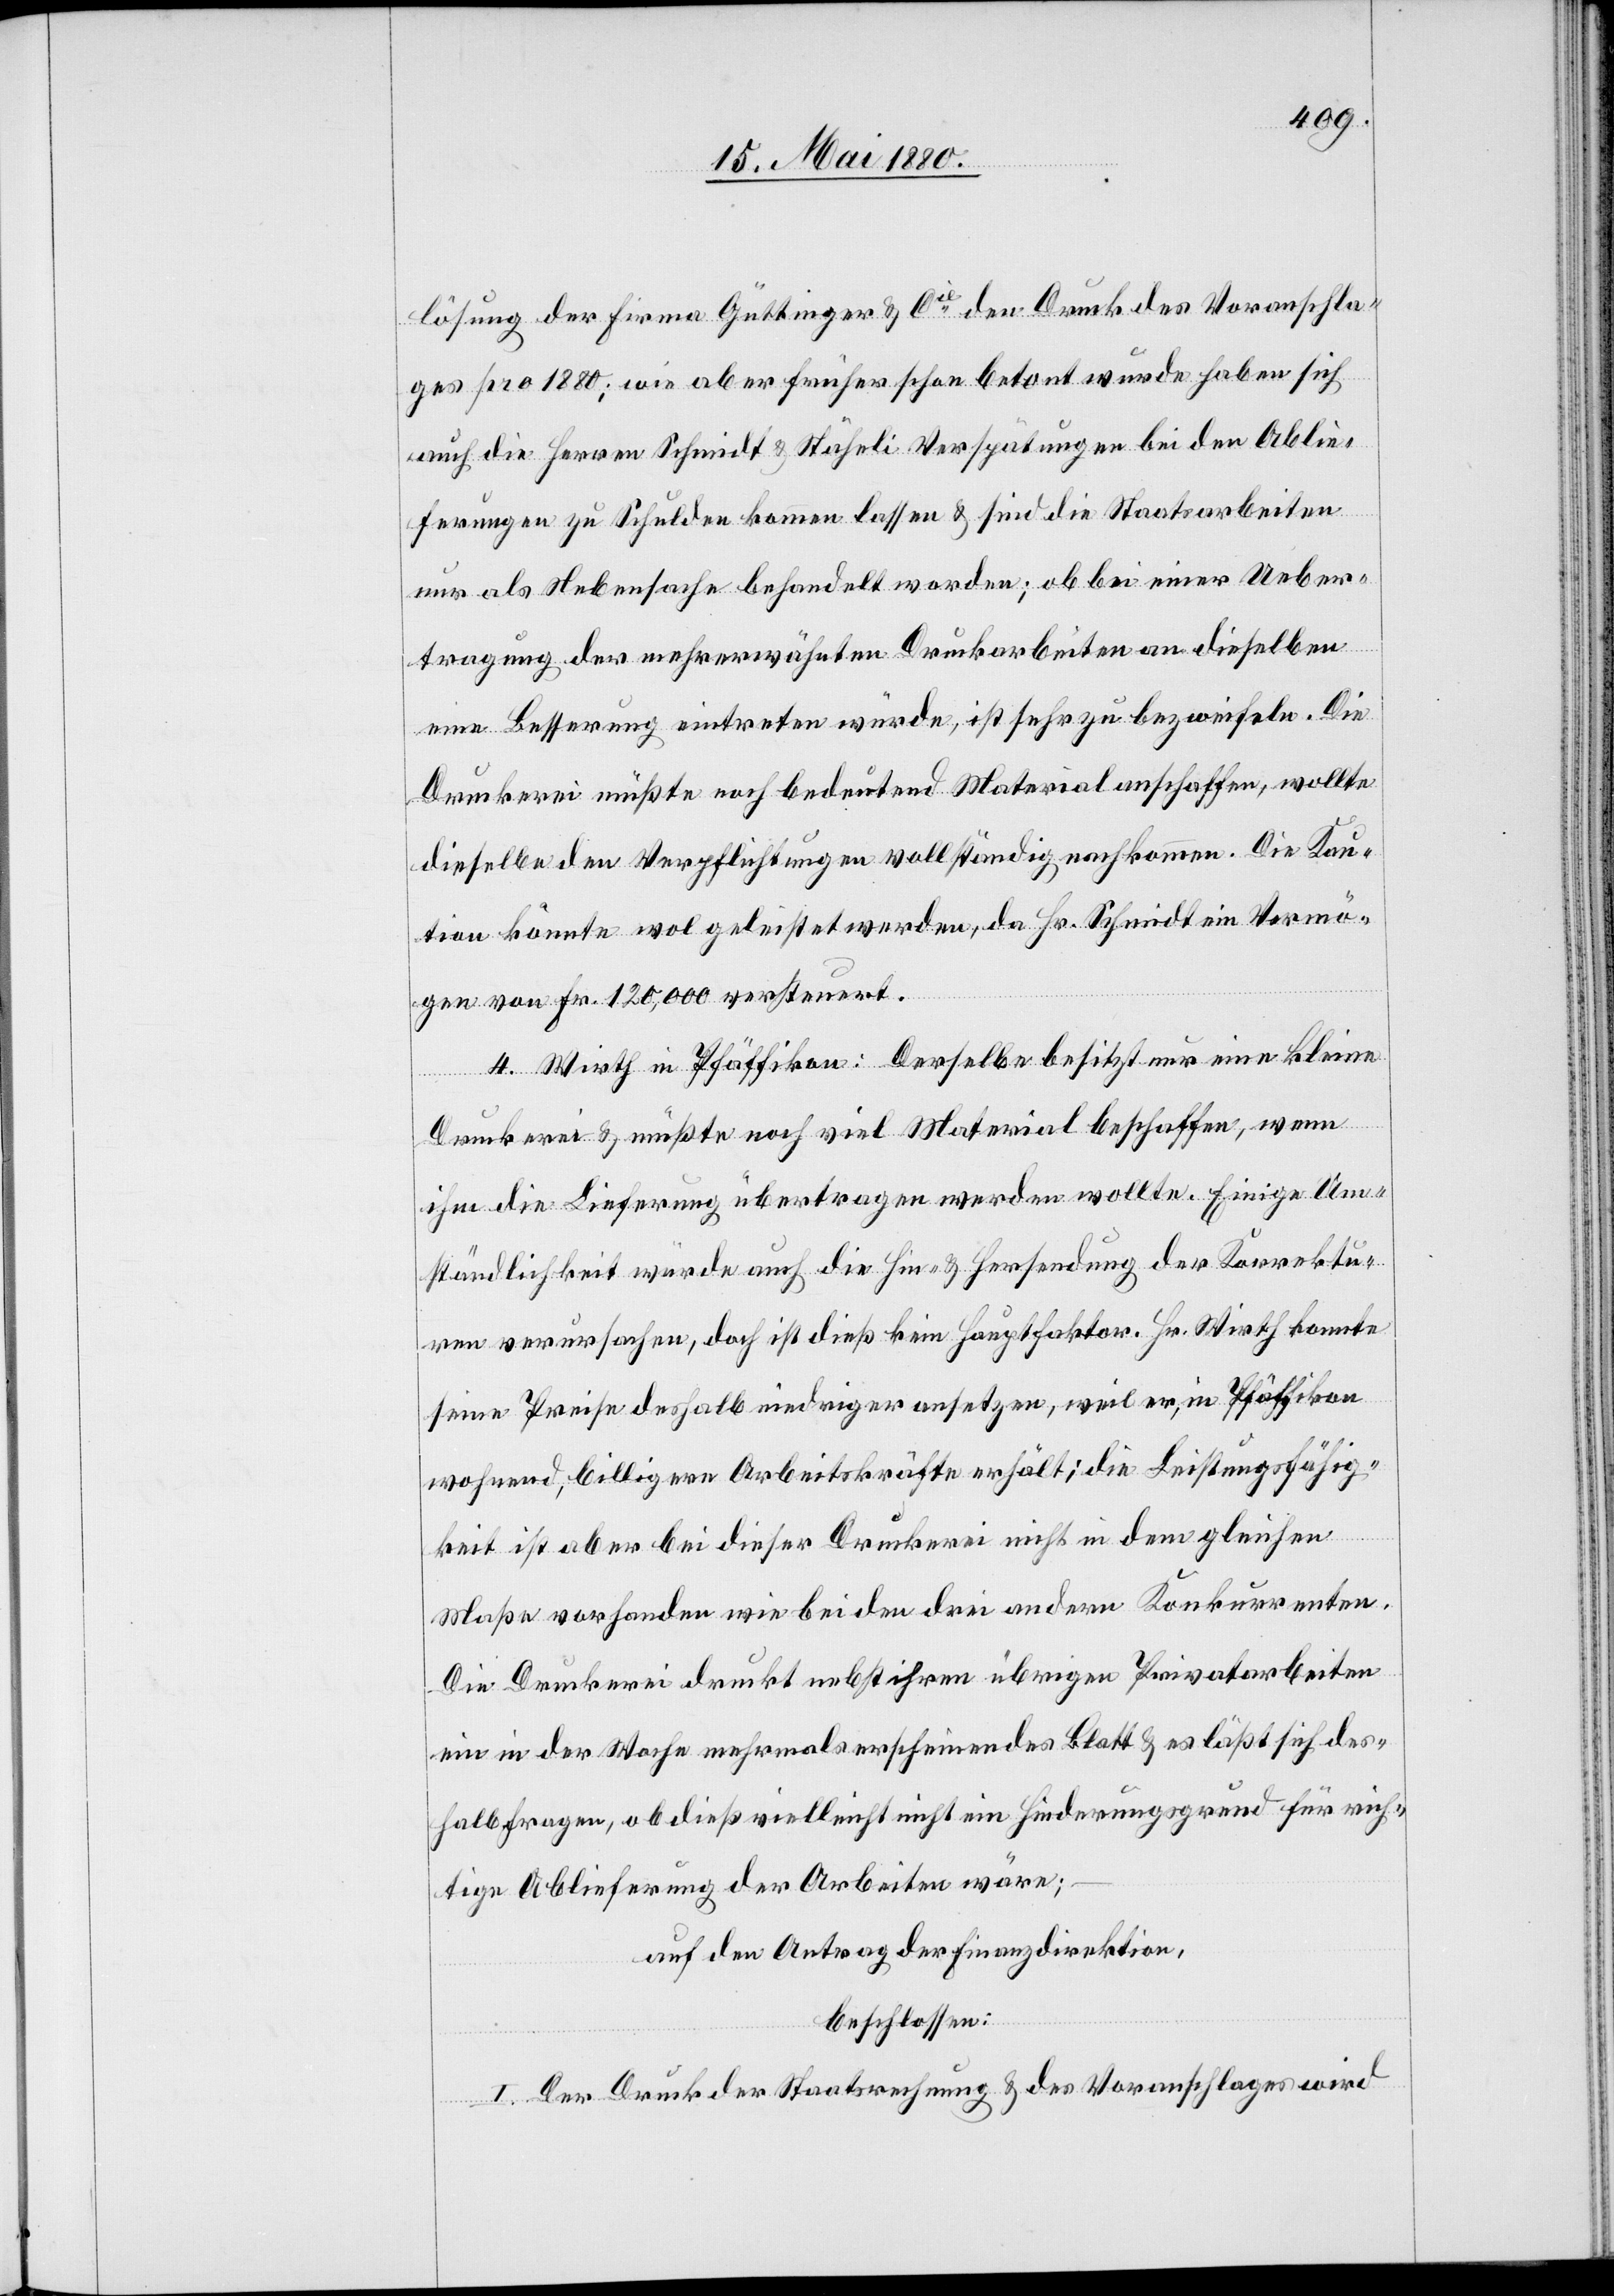
lösung der Firma Güttinger & Cie den Druck des Voranschla¬
ges pro 1880; wie aber früher schon betont wurde haben sich
auch die Herren Schmidt & Stäheli Verspätungen bei den Ablie¬
ferungen zu Schulden kommen lassen & sind die Staatsarbeiten
nur als Nebensache behandelt worden; ob bei einer Ueber¬
tragung der mehrerwähnten Druckarbeiten an dieselben
eine Besserung eintreten würde, ist sehr zu bezweifeln. Die
Druckerei müßte noch bedeutend Material anschaffen, wollte
dieselbe den Verpflichtungen vollständig nachkommen. Die Kau¬
tion könnte wol geleistet werden, da Hr. Schmidt ein Vermö¬
gen von Fr. 120,000 versteuert.
4. Wirth in Pfäffikon: Derselbe besitzt nur eine kleine
Druckerei & müßte noch viel Material beschaffen; wenn
ihm die Lieferung übertragen werden wollte. Einige Um¬
ständlichkeit würde auch die Hin- & Hersendung der Korrektu¬
ren verursachen, doch ist dieß kein Hauptfaktor. Hr. Wirth konnte
seine Preise deshalb niedriger ansetzen, weil er, in Pfäffikon
wohnend, billigere Arbeitskräfte erhält; die Leistungsfähig¬
keit ist aber bei dieser Druckerei nicht in dem gleichen
Maße vorhanden wie bei den drei andern Konkurrenten.
Die Druckerei druckt nebst ihren übrigen Privatarbeiten
ein in der Woche mehrmals erscheinendes Blatt & es läßt sich des¬
halb fragen, ob dieß vielleicht nicht ein Hinderungsgrund für rich¬
tige Ablieferung der Arbeiten wäre;
auf den Antrag der Finanzdirektion,
beschlossen:
I. Der Druck der Staatsrechnung & der Voranschlages wird